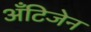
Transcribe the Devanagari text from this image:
अँटिजेन